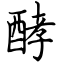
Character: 酵